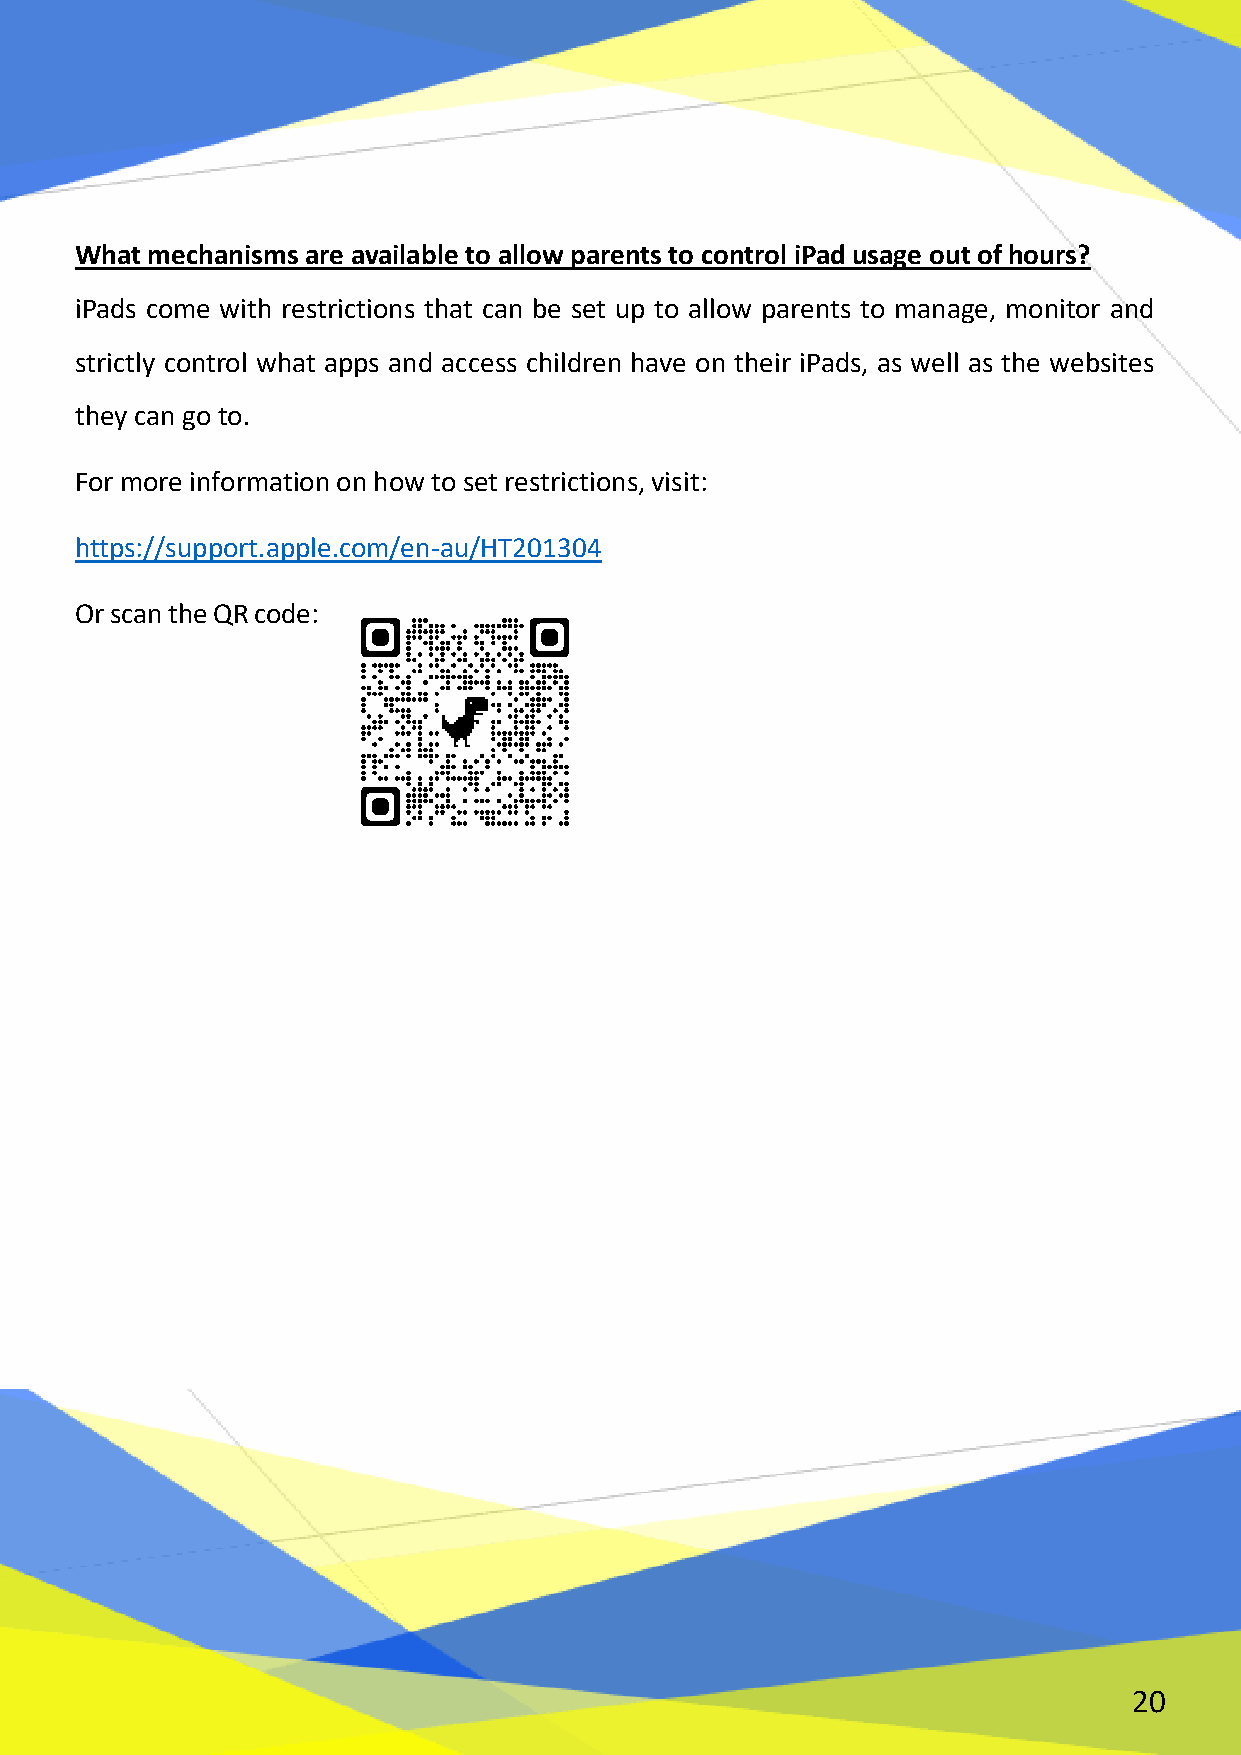
What mechanisms are available to allow parents to control iPad usage out of hours?
 iPads come with restrictions that can be set up to allow parents to manage, monitor and
 strictly control what apps and access children have on their iPads, as well as the websites
 they can go to.
 For more information on how to set restrictions, visit:
 https://support.apple.com/en-au/HT201304
 Or scan the QR code:
 20